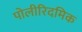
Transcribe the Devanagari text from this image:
पोलीरिदमिक